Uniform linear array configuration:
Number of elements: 4
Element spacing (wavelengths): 0.75
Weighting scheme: cosine
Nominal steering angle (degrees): -45
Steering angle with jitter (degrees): -43.02
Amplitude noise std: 0.05
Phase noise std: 0.05

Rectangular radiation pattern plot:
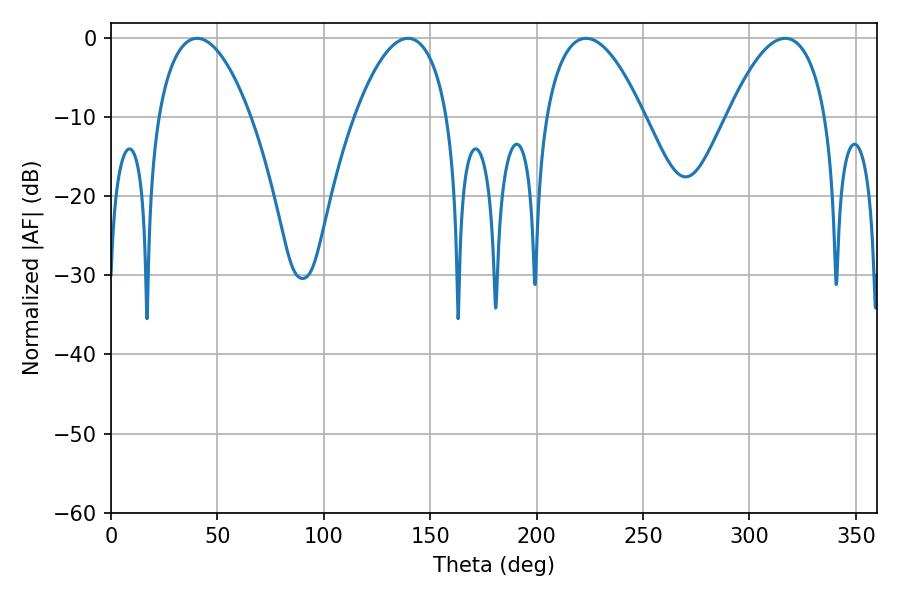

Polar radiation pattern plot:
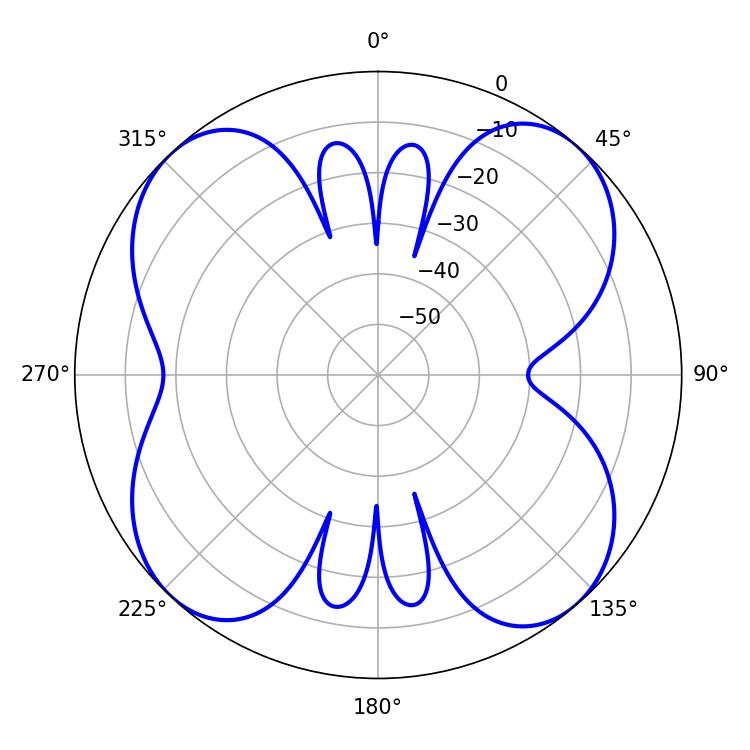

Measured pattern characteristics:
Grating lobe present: TRUE
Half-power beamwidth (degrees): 25.56
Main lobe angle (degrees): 316.8